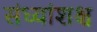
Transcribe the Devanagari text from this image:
संध्यांशश्च